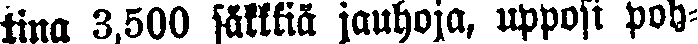
tina 3,500 säkkiä jauhoja, upposi poh-